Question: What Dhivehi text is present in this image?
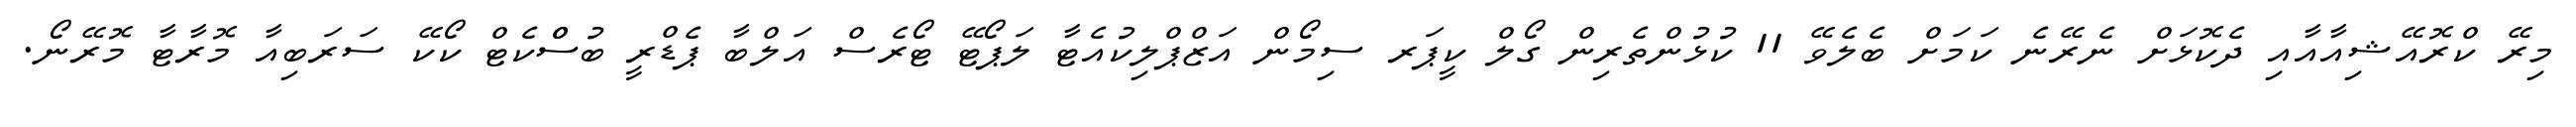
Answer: މިރޭ ކްރޮއޭޝިއާއާއި ދެކޮޅަށް ނެރޭނެ ކަމަށް ބެލެވޭ 11 ކުޅުންތެރިން ގޯލް ކީޕަރ ސިމޯން އަޒްޕްލިކުއެޓާ ލަޕޯޓޭ ޓޯރެސް އަލްބާ ޕެޑްރީ ބުސްްކެޓް ކޯކޭ ސަރަބިއާ މޮރާޓާ މޮރޭނޯ.